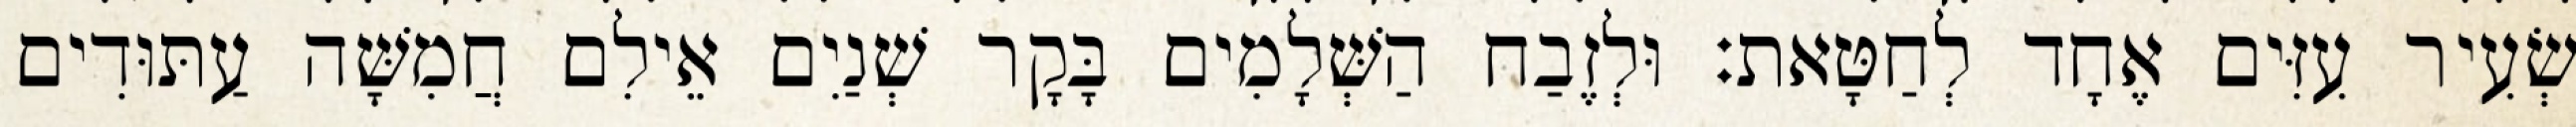
שְׂעִיר עִזִּים אֶחָד לְחַטָּאת׃ וּלְזֶבַח הַשְּׁלָמִים בָּקָר שְׁנַיִם אֵילִם חֲמִשָּׁה עַתּוּדִים